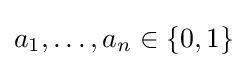
a_{1},\dots ,a_{n}\in \{0,1\}